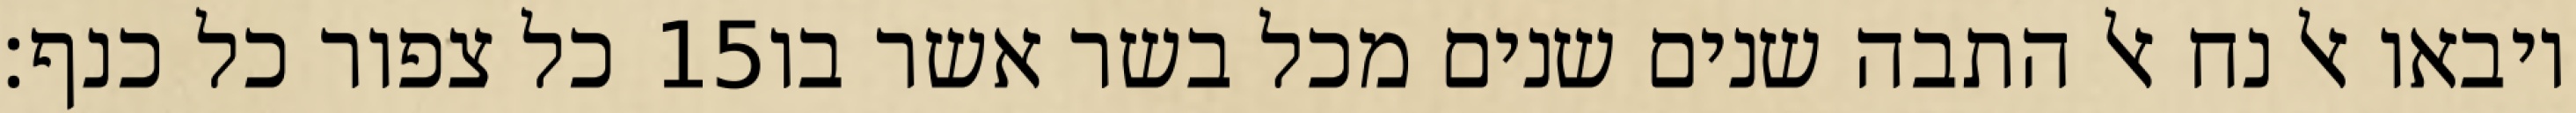
כל צפור כל כנף׃ ‎15‏ ויבאו אל נח אל התבה שנים שנים מכל בשר אשר בו